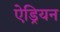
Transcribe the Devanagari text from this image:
ऐड्रियन